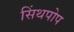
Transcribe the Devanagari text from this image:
सिंथपोप